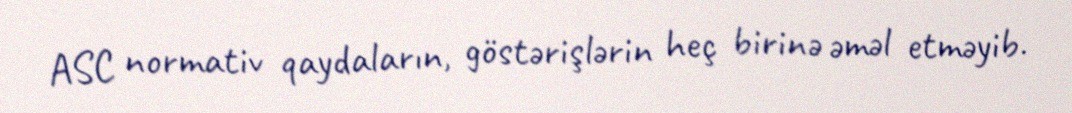
ASC normativ qaydaların, göstərişlərin heç birinə əməl etməyib.